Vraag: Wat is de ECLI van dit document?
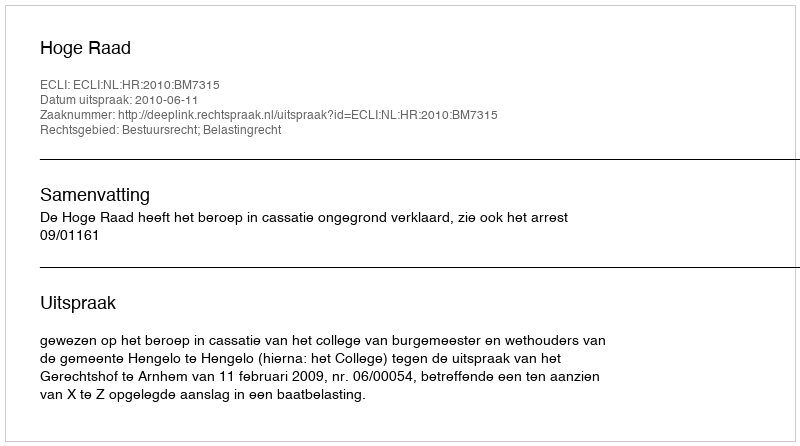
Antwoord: ECLI:NL:HR:2010:BM7315